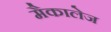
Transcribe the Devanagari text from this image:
मैकालेज